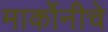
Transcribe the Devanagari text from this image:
मार्कोनीचे